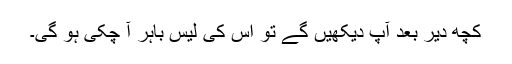
کچھ دیر بعد آپ دیکھیں گے تو اس کی لیس باہر آ چکی ہو گی۔